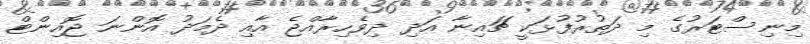
މިނިސްޓަރުގެ މި ދަތުރުފުޅަކީ ޗައިނާ އަދި ދިވެހިރާއްޖެ އާއި ދެމަދު އޮންނަ ޖޮއިންޓް